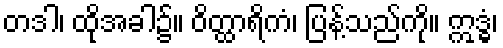
တဒါ၊ ထိုအခါ၌။ ဝိတ္ထာရိကံ၊ ပြန့်သည်ကို။ ဣဒ္ဓံ၊